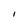
Character: I